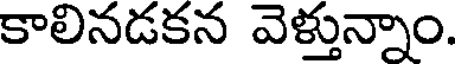
కాలినడకన వెళ్తున్నాం.